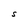
Character: S